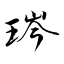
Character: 琌